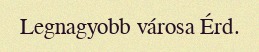
Legnagyobb városa Érd.